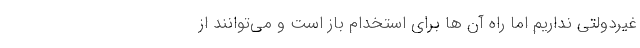
غیردولتی نداریم اما راه آن ها برای استخدام باز است و می‌توانند از